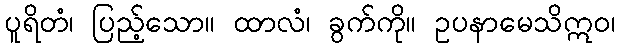
ပူရိတံ၊ ပြည့်သော။ ထာလံ၊ ခွက်ကို။ ဥပနာမေသိဣဝ၊